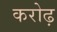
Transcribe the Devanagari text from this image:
करोढ़